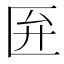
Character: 匥